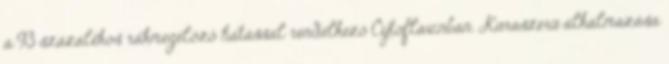
a 93 százalékos rákmegelőző hatással rendelkező Cytoflavinban. Kúraszerű alkalmazása